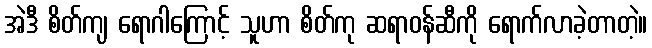
အဲဒီ စိတ်ကျ ရောဂါကြောင့် သူဟာ စိတ်ကု ဆရာဝန်ဆီကို ရောက်လာခဲ့တာတဲ့။